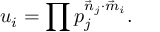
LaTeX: u _ { i } = \prod p _ { j } ^ { { \vec { n } _ { j } } \cdot { \vec { m } _ { i } } } .